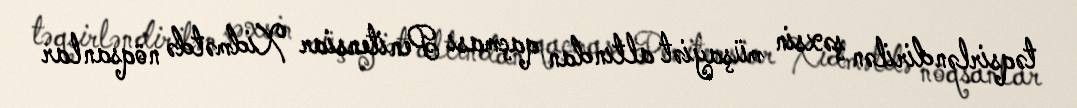
təqsirləndirilən şəxsin müşayiət altından qaçması Penitensiar Xidmətdə nöqsanlar